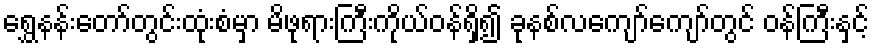
ရွှေနန်းတော်တွင်းထုံးစံမှာ မိဖုရားကြီးကိုယ်ဝန်ရှိ၍ ခုနစ်လကျော်ကျော်တွင် ဝန်ကြီးနှင့်